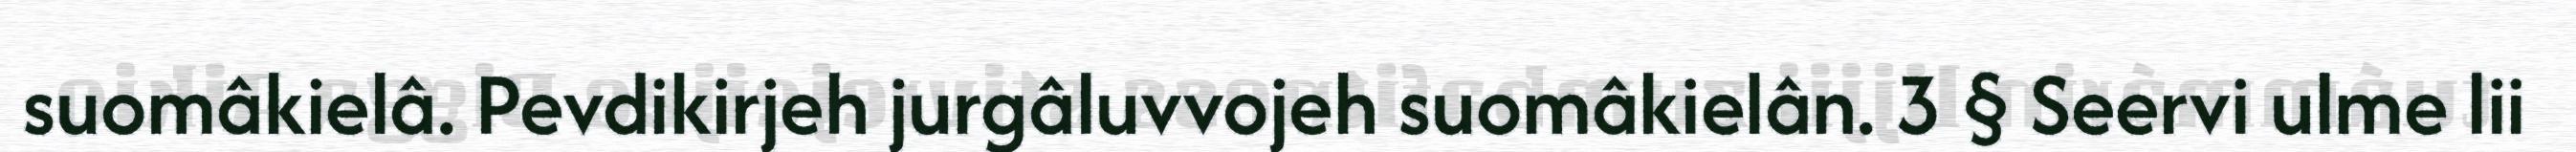
suomâkielâ. Pevdikirjeh jurgâluvvojeh suomâkielân. 3 § Seervi ulme lii